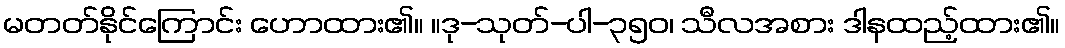
မတတ်နိုင်ကြောင်း ဟောထား၏။ ။ဒု-သုတ်-ပါ-၃၅၀၊ သီလအစား ဒါနထည့်ထား၏။